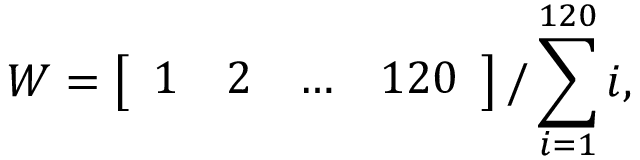
W = \left[ \begin{array} { l l l l } { 1 } & { 2 } & { \ldots } & { 1 2 0 } \end{array} \right] / \sum _ { i = 1 } ^ { 1 2 0 } i ,